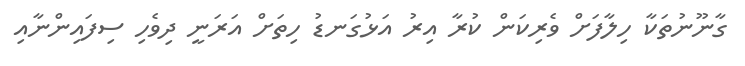
ގާނޫނުތަކާ ހިލާފަށް ވެރިކަން ކުރާ އިރު އަޅުގަނޑު ހިތަށް އަރަނީ ދިވެހި ސިފައިންނާއި